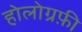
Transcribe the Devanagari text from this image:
होलोग्रफ़ी